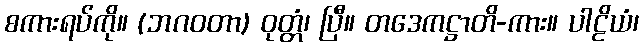
စကားရပ်ကို။ (ဘဂဝတာ) ဝုတ္တံ၊ ပြီ။ တဒေကဋ္ဌာတိ-ကား။ ပါဠိယံ၊